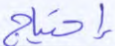
إحتياج